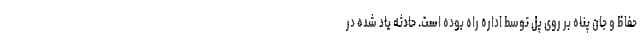
حفاظ و جان پناه بر روی پل توسط اداره راه بوده است. حادثه یاد شده در